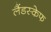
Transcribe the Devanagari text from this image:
लैंडस्केफ